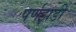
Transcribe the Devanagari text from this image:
पर्णझडी